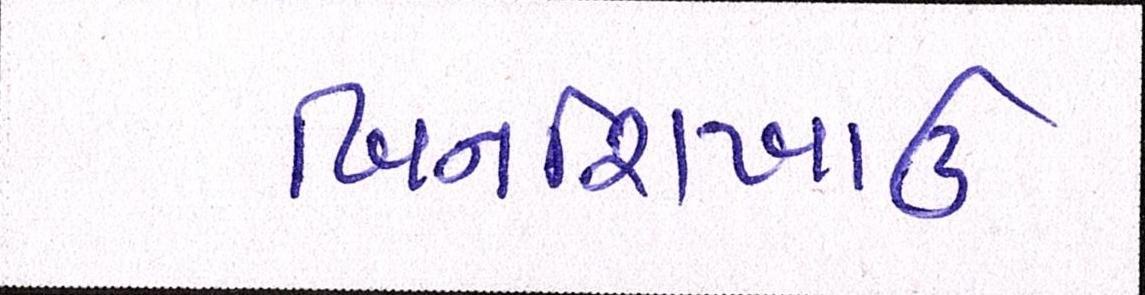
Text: બિનશિખાઉ